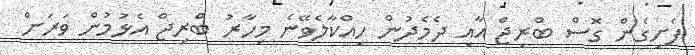
ފެށިގެން ގޮސް ބްރިޖް އާއި ދެމެދުން ހިއްކާލެވޭނެ މިހާރު ބްރިޖް އެޅުމުން ވަރަށް